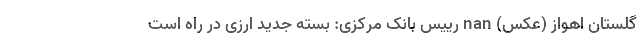
گلستان اهواز (عکس) nan رییس بانک مرکزی: بسته جدید ارزی در راه است